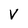
Character: V